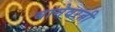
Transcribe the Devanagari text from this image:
बागेवरती